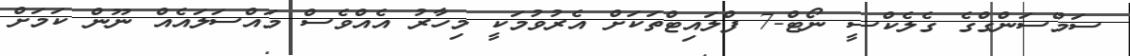
ސަމްސަންގްގެ ގެލެކްސީ ނޯޓް-7 ފްލައިޓްތަކަށް އެރުވުމަކީ މިހާރު އެއްވެސް މައްސަލައެއް ނޫން ކަމަށް